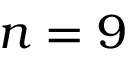
n = 9